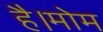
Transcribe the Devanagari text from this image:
है।मोम